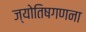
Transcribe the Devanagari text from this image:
ज्योतिषगणना